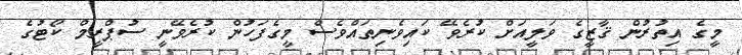
މީގެ އިތުރުން ޤާޒީގެ ވަލީއަށް ކުރެވޭ ކައިވެނިތައްވެސް މީގެފަހުން ކުރެވޭނީ ސުޕްރީމް ކޯޓުގެ